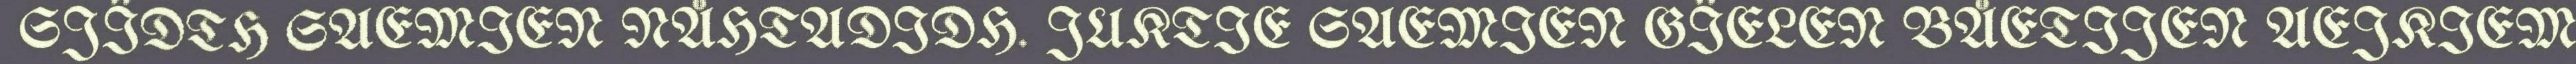
SJÏDTH SAEMIEN NÅHTADIDH. JUKTIE SAEMIEN GÏELEN BÅETIJEN AEJKIEM